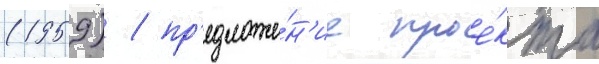
(1959) / пр'едложе́н'ие прое́кта